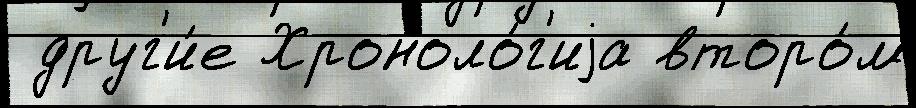
 друг'и́е Хроноло́г'иjа второ́м